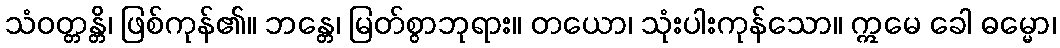
သံဝတ္တန္တိ၊ ဖြစ်ကုန်၏။ ဘန္တေ၊ မြတ်စွာဘုရား။ တယော၊ သုံးပါးကုန်သော။ ဣမေ ခေါ ဓမ္မော၊